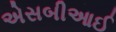
એસબીઆઈ